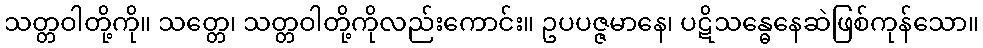
သတ္တဝါတို့ကို။ သတ္တေ၊ သတ္တဝါတို့ကိုလည်းကောင်း။ ဥပပဇ္ဇမာနေ၊ ပဋိသန္ဓေနေဆဲဖြစ်ကုန်သော။